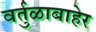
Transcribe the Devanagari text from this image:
वर्तुळाबाहेर